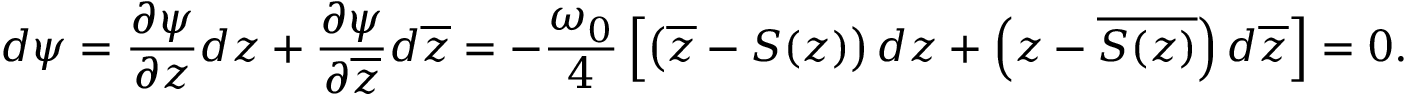
d \psi = { \frac { \partial \psi } { \partial z } } d z + { \frac { \partial \psi } { \partial \overline { { z } } } } d \overline { { z } } = - { \frac { \omega _ { 0 } } { 4 } } \left[ \left( \overline { { z } } - S ( z ) \right) d z + \left( { z } - \overline { { S ( z ) } } \right) d \overline { { z } } \right] = 0 .